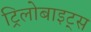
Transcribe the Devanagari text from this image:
ट्रिलोबाइट्स